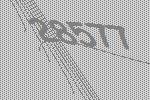
28577